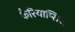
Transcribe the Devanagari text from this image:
कैरियाप्सिस